Civil Veterinary Department. United Provinces 1932-42 - 1932-1942
Year: 1932
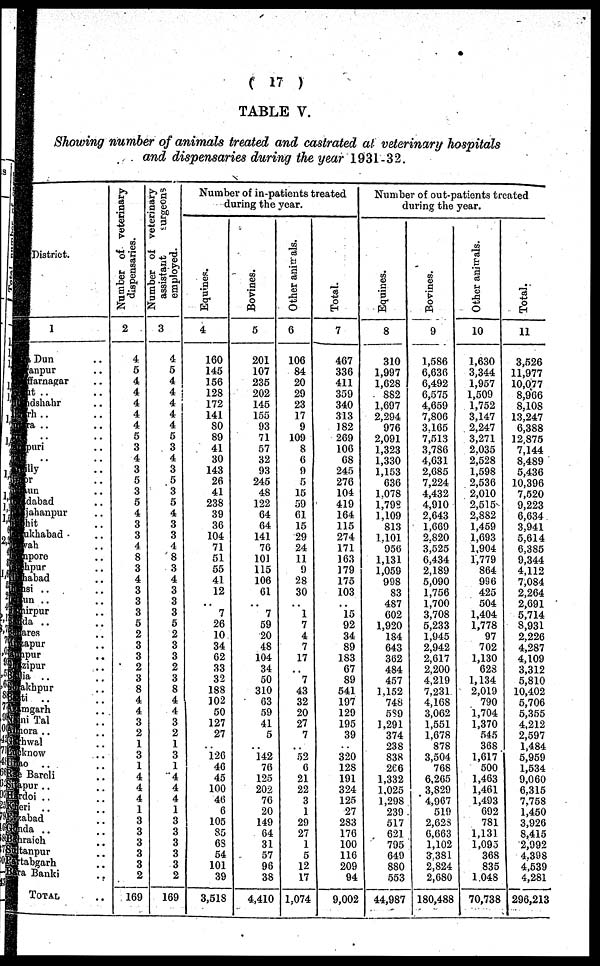
(17)
TABLE V.
Showing number of animals treated and castrated at veterinary hospitals
and dispensaries during the year 1931-32.
District.
1
Dun ..
anpur ..
larnagar ..
it ..
dshahr ..
rh ..
a ..
.. ..
uri ..
.. ..
lly ..
r ..
un ..
dabad ..
jahanpur ..
hit ..
khabad ..
ah ..
pore ..
pur ..
nabad ..
si .. ..
un .. ..
urpur ..
da .. ..
ares ..
apur ..
pur ..
zipur ..
ia ..
ikhpur ..
i .. ..
mgarh .. ..
li Tal ..
ora .. ..
wal ..
know ..
10 ..
Baroli ..
pur .. ..
doi . . ..
eri .. ..
abad .. ..
ida .. ..
iraich .. ..
anpur .. ..
tabgarh ..
a Bauki ..
TOTAL ..
Number of veterinary
dispensaries.
2
4
6
4
4
4
4
4
5
3
4
3
5
3
5
4
3
3
4
8
3
4
3
3
3
5
2
3
3
2
3
8
4
4
3
2
1
3
1
4
4
4
1
3
3
3
3
3
2
169
Number of veterinary
assistant
surgeons
employed.
3
4
5
4
4
4 4
4
5
3
4
3
5
3
5
4
3
3
4
8
3
4
3
3
3
5
2
3
3
2
3
8
4
4
3
2
1
3
1
4
4
4
1
3
3
3
3
3
2
169
Number of in-patients treated
during the year.
Equines.
4
160
145
156
128
172
141
80
89
41
30
143
26
41
238
39
36
104
71
51
55
41
12
..
7
26
10
34
62
33
32
188
102
50
127
27
..
126
46
45
100
46
6
105
85
68
54
101
39
3,518
Bovines.
5
201
107
235
202
145
155
93
71
57
32
93
245
48
122
64
64
141
76
101
115
106
61
..
7
59
20
48
104
34
50
310
63
59
41
5
..
142
76
125
202
76
20
149
64
31
57
96
38
4,410
Other animals.
6
106
84
20
29
23
17
9
109
8
6
9
5
15
59
61
15
29
24
11
9
28
30
..
1
7
4
7
17
.. 7
43
32
20
27
7
..
52
6
21
22
3
1
29
27
1
5
12
17
1,074
Total.
7
467
336
411
359
340
313
182
269
106
68
245
276
104
419
164
115
274
171
163
179
175
103
..
15
92
34
89
183
67
89
541
197
129
195
39
..
320
128
191
324
125
27
283
176
100
116
209
94
9,002
Number of out-patients treated
during the year.
Equines.
8
310
1,997
1,628
882
1,697
2,294
976
2,091
1,323
1,330
1,153
636
1.078
1,79°
1,109
813
1.101
956
1,131
1,059
998
83
487
602
1,920
184
643
362
484
457
1.152
748
5S9
1,291
374
238
838
266
1,332
1.025
1,298
239
517
621
795
649
880
553
44,987
Bovines.
9
1,586
6,636
6,492
6,575
4,659
7,806
3.165
7,513
3,786
4,631
2,685
7,224
4,432
4,910
2,643
1,669
2,820
3,525
6,434
2,189
5,090
1,756
1,700
3,708
5,233
1,945
2,942
2,617
2,200
4,219
7,231
4,168
3,002
1,551
1,678
878
3,504
768
6,265
3,829
4,967
519
2,628
6,663
1,102
3.381
2,824
2,680
180,488
Other animals.
10
1,630
3,344
1,957
1,509
1,752
3,147
2,247
3,271
2.035
2,528
1,598
2,536
2,010
2,515
2,882
1,459
1,693
1,904
1,779
864
996
425
504
1,404
1,778
97
702
1,130
623
1,134
2,019
790
1,704
1,370
545
368
1,617
500
1,463
1,461
1,493
692
781
1,131
1,093
368
835
1.048
70,738
Total.
11
3,526
11,977
10,077
8,966
8,10S
13,247
0,388
12.875
7,144
8,489
5,436
10,396
7,520
9,223
6,634
3,941
5,614
6,385
9,344
4,112
7,084
2,264
2,691
5,714
8,931
2,226
4,287
4,109
3,312
5,810
10,402
5,706
5,355
4,212
2,597
1,484
5,959
1,534
9,060
6,315
7.758
1,450
3,926
8,415
2,992
4.398
4.539
4,281
296,213